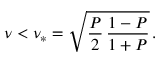
\nu < \nu _ { * } = \sqrt { \frac { P } { 2 } \, \frac { 1 - P } { 1 + P } } \, .